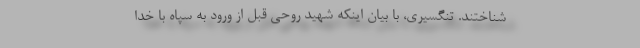
شناختند. تنگسیری، با بیان اینکه شهید روحی قبل از ورود به سپاه با خدا